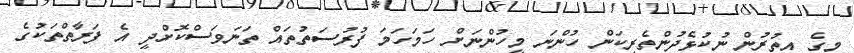
މީގެ އިތުރުން ނުކުޅެދުންތެރިކަން ހުންނަ މީހުންނަށް ހަމަހަމަ ފުރުސަތުތައް ތަނަވަސްކޮށްދީ އެ ފަރާތްތަކުގެ